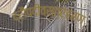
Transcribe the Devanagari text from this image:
द्रौपदीवस्त्रहरण